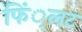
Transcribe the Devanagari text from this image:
फिं्लट